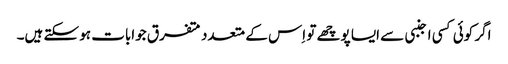
اگر کوئی کسی اجنبی سے ایسا پوچھے تو اِس کے متعدد متفرق جوابات ہو سکتے ہیں۔